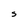
Character: S